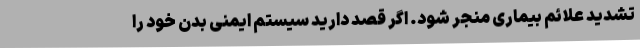
تشدید علائم بیماری منجر شود. اگر قصد دارید سیستم ایمنی بدن خود را